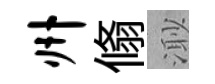
州翛𣺌